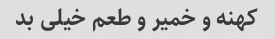
کهنه و خمیر و طعم خیلی بد